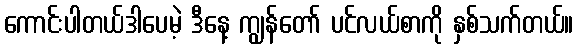
ကောင်းပါတယ်ဒါပေမဲ့ ဒီနေ့ ကျွန်တော် ပင်လယ်စာကို နှစ်သက်တယ်။